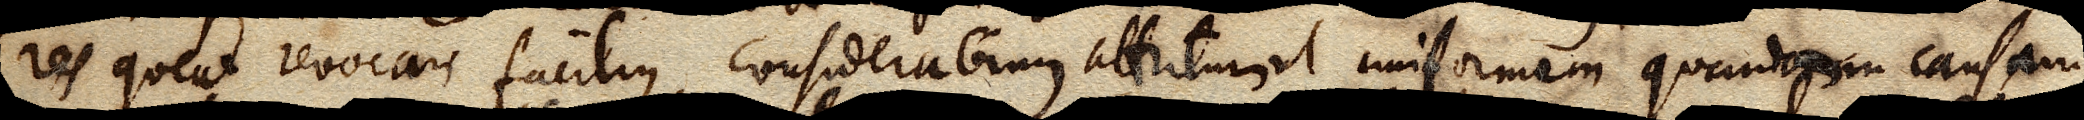
res queat revocari facilius, considerabimus attritum ut uniformem quandam causam,